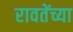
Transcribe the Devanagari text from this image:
रावतेंच्या